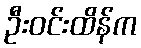
ဦးဝင်းထိန်က